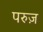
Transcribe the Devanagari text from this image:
परुज़